Annual report on the working of the lock hospitals in the Central Provinces
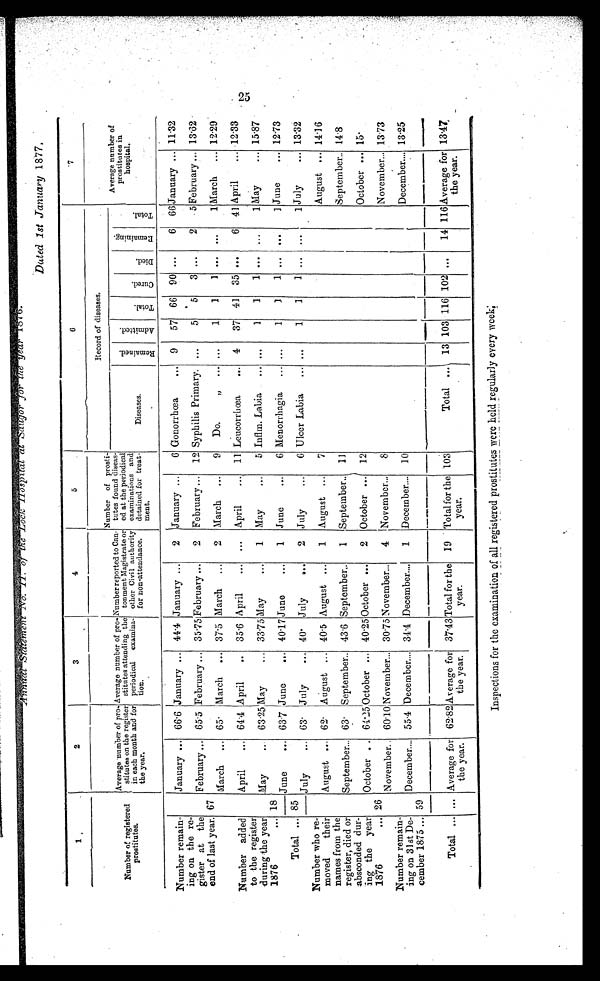
Annual Statement No. II. of the Lock Hospital at Saugor for the year 1876.
Dated 1st January 1877.
1
2
3
,
4
5
6
7
Number of registered
prostitutes.
Average number of pro-
stitutes on the register
in each month and for
the year.
Average number of pro-
stitutes attending the
periodical examina-
tion.
Number reported to Can
-tonment Magistrate or
other Civil authority
for non-attendance.
Number of prosti-
tutes found diseas-
ed at the periodical
examinations and
detained for treat
-ment.
Record of diseases.
Average number of
prostitutes in
hospital.
Diseases.
R e m a i n e d .
A d m i t t e d .
T o t a l .
C u r e d .
D i e d .
R e m a i n i n g .
T o t a l .
Number remain-
ing on the re-
gister at the
end of last year. 67
January ... 66.6 January ... 44.4 January
...
2 January ...
6 Gonorrhœa
... 9
57 66 90 ...
6 66 January ... 11.32
February ... 65.5 February ... 35.75 February ...
2 February ... 12 Syphilis Primary. ...
5
5
3 ...
2
5 February ... 13.62
March ... 65. March ... 37.5 March ...
2 March ...
9 Do
. "
. . .
. . .
1
1
1 ... ...
1 March ... 12.29
Number added
to the register
during the year
1876
... 18
April
... 64.4 April
.. 35.6 April
... ... April
... 11 Leucorrhœa
... 4
37 41 35 ...
6 41 April
... 12.33
May
..
63.25
M a y
. . .
33.75 May
. . . 1 May
...
5 Inflm. Labia ... ...
1
1
1 . . .
. . . 1 May
... 15.87
June
... 63 7 June
... 40.17 June
. . . 1 June
...
6 Menorrhagia ... ...
1
1
1 . . .
. . .
1 June
... 12.73
Total ... 85
July
... 63. July
... 40. July
... 2 July
... 6 Ulcer Labia ... ...
1
1
1
. . .
. . . 1 July
... 13.32
Number who re-
moved their
names from the
register, died or
absconded dur-
ing the year
1876
... 26
August ... 62. August ... 40.5 August ...
1 August ...
7
August ... 14.16
September... 63. September.. 43.6 September..
1 September.. 11
September.. 14.8
October .. 64.25 October ... 40.25 October ...
2 October ... 12
October ... 1 5 .
November.. 60.10 November... 30.75 November...
4 November...
8
November... 13.73
Number remain-
ing on 31st De-
cember 1875 ... 59
December.... 55.4 December.... 34.4 December....
1 December.... 10
D e c e m b e r . . . .
13.25
Total ... ... Average for
the year.
62.82 Average for
the year.
37.43Total for the
year.
19 Total for the
year.
103
Total ... 13 103 116 102 ...
14 116 Average for
t the year.
13.47
Inspections for the examination of all registered prostitutes were held regularly every week;
2 5